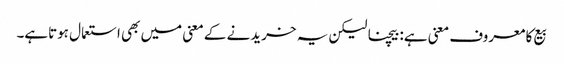
بیع کا معروف معنی ہے: بیچنا لیکن یہ خریدنے کے معنی میں بھی استعمال ہوتاہے۔